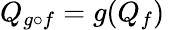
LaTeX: Q_{g\circ f}=g(Q_{f})~